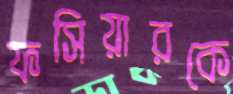
ফসিয়ারকে